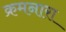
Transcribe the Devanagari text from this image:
क्रमनारा